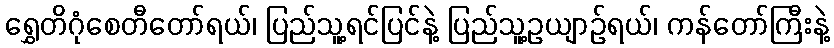
ရွှေတိဂုံစေတီတော်ရယ်၊ ပြည်သူ့ရင်ပြင်နဲ့ ပြည်သူ့ဥယျာဉ်ရယ်၊ ကန်တော်ကြီးနဲ့